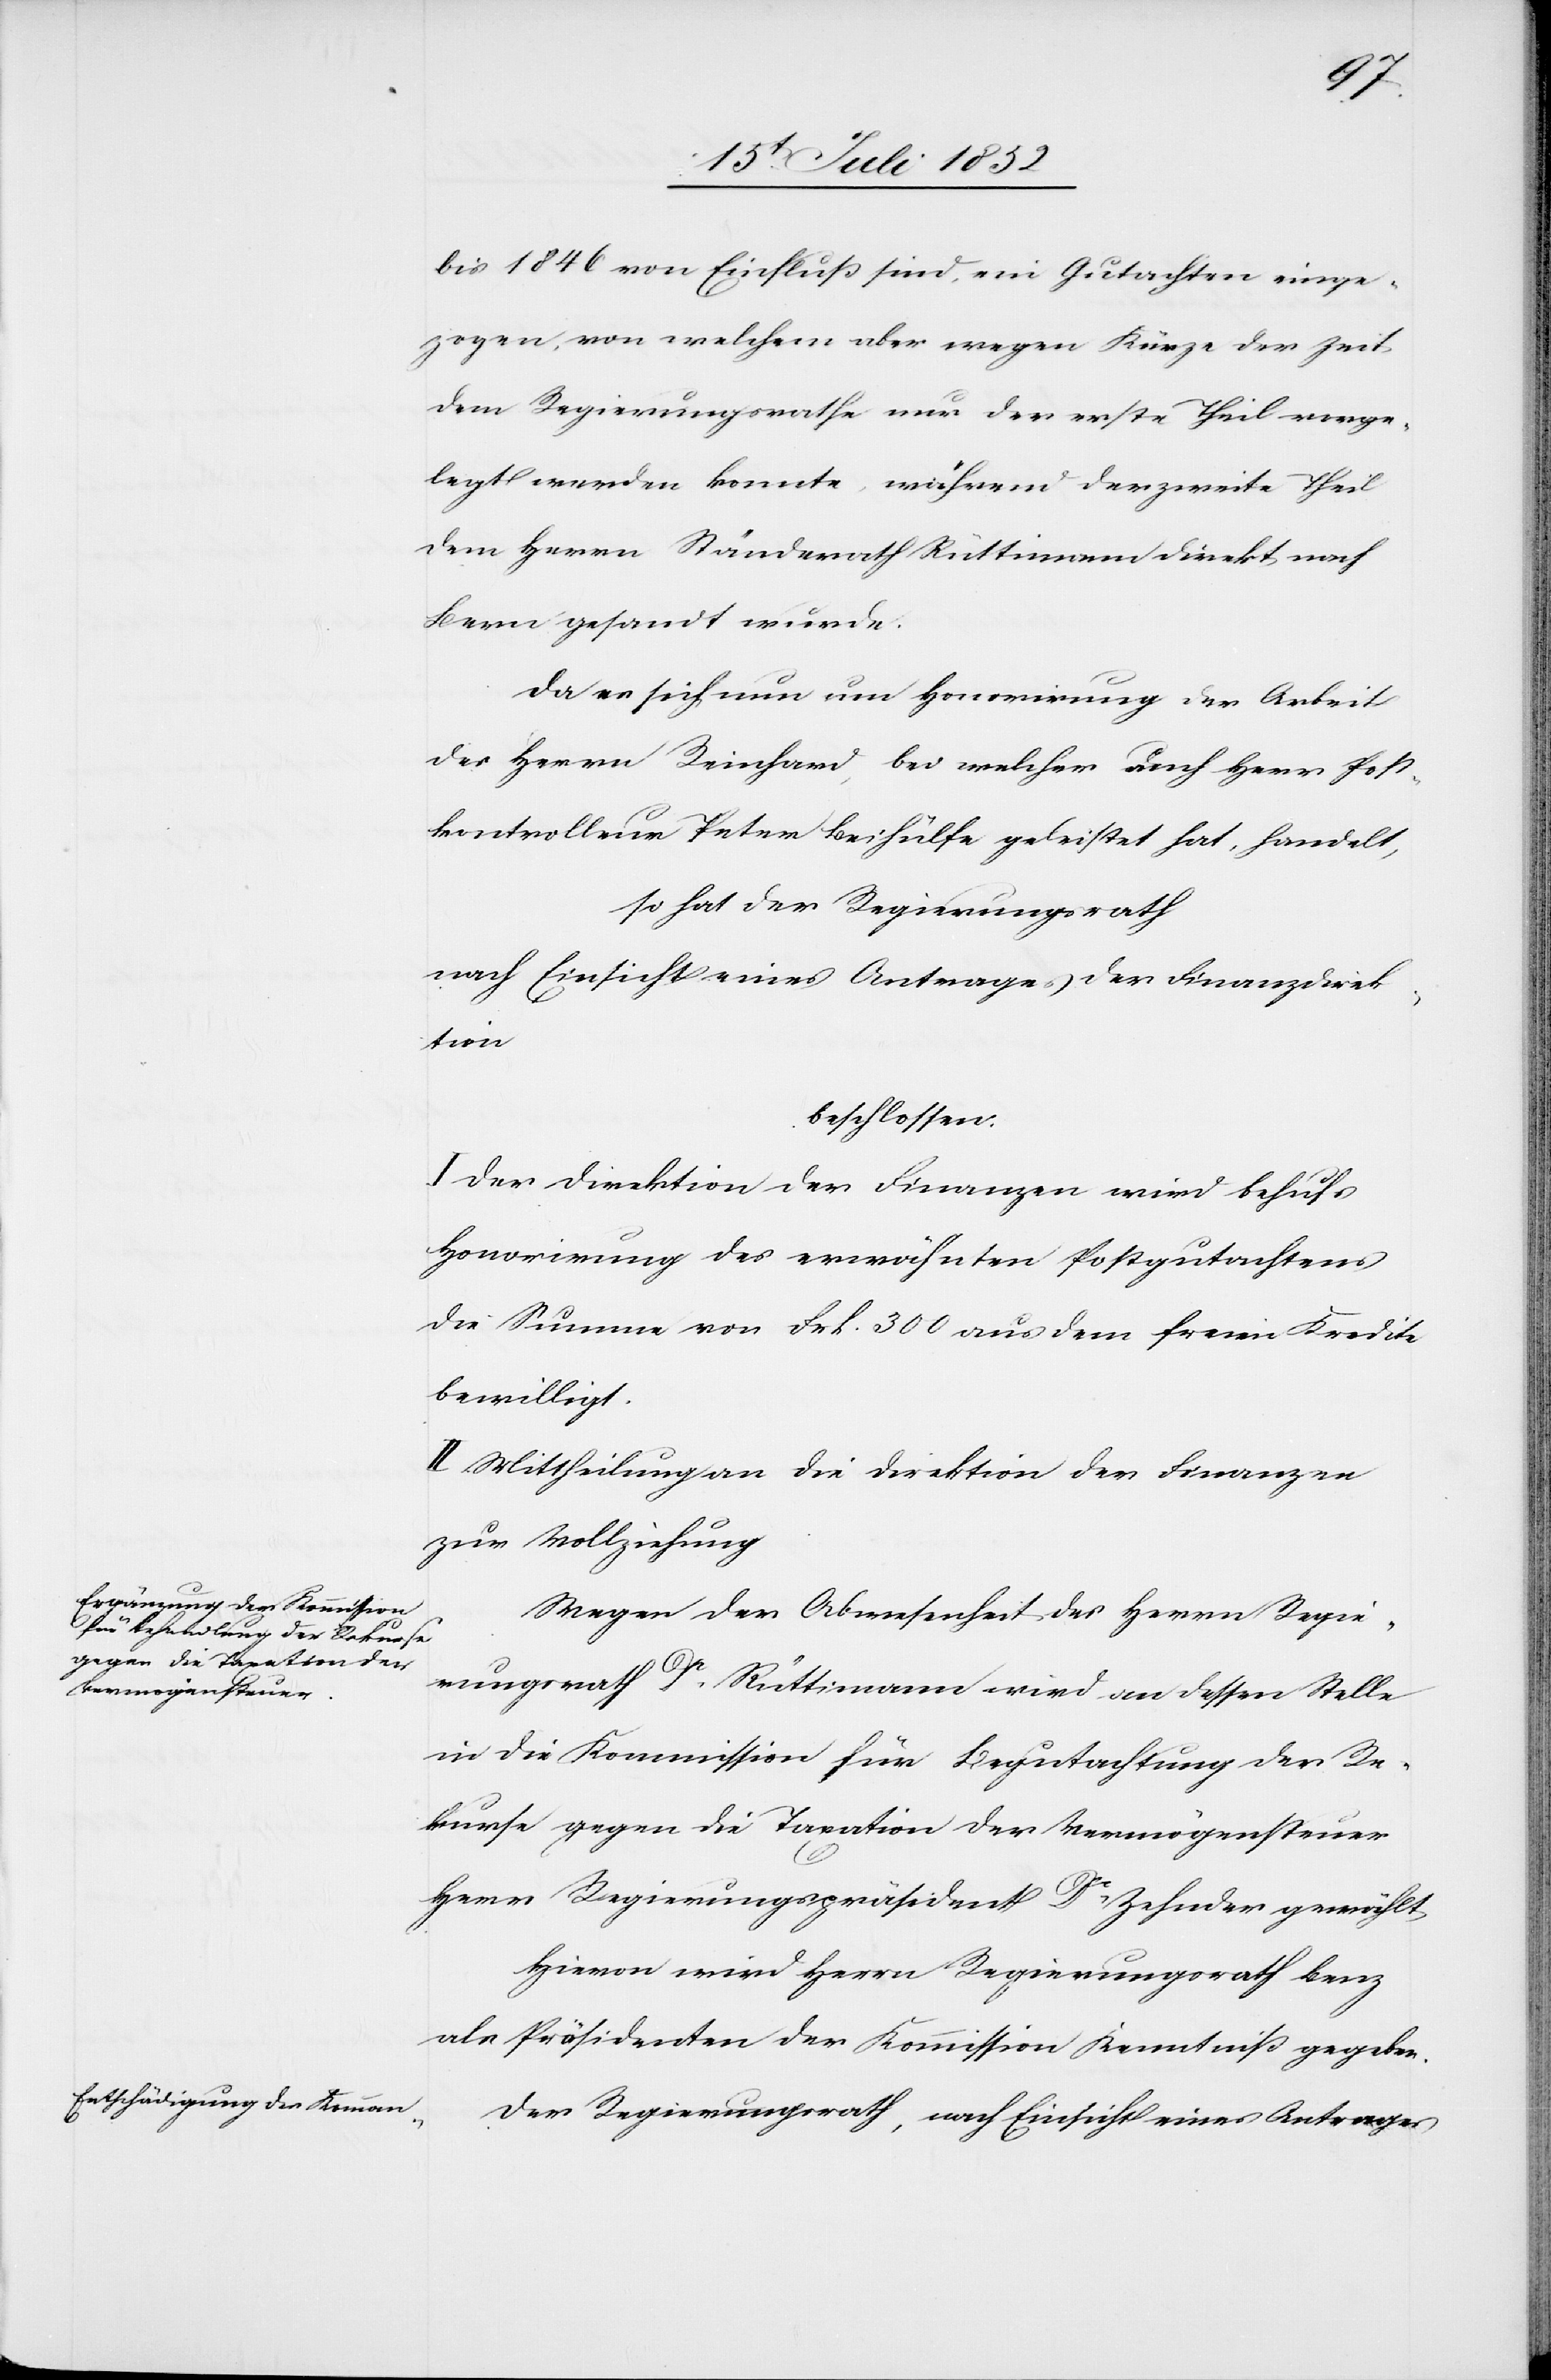
bis 1846 von Einfluß sind, ein Gutachten einge¬
zogen, von welchem aber wegen Kürze der Zeit
dem Regierungsrathe nur der erste Theil vorge¬
legt werden konnte, während der zweite Theil
dem Herrn Ständerath Rüttimann direkt nach
Bern gesandt wurde.
Da es sich nun um Honorirung der Arbeit
des Herrn Reinhard, bei welcher auch Herr Post¬
kontrolleur Peter Beihülfe geleistet hat, handelt,
so hat der Regierungsrath
nach Einsicht eines Antrages der Finanzdirek¬
tion
beschlossen:
I Der Direktion der Finanzen wird behufs
Honorirung des erwähnten Postgutachtens
die Summe von Frk. 300 aus dem freien Kredite
bewilligt.
II. Mittheilung an die Direktion der Finanzen
zur Vollziehung.
Wegen der Abwesenheit des Herrn Regie¬
rungsrath Dr. Rüttimann wird an dessen Stelle
in die Kommission für Begutachtung der Re¬
kurse gegen die Taxation der Vermögenssteuer
Herr Regierungspräsident Dr. Zehnder gewählt
Hievon wird Herrn Regierungsrath Benz
als Präsidenten der Kommission Kenntniß gegeben.
Der Regierungsrath, nach Einsicht eines Antrages